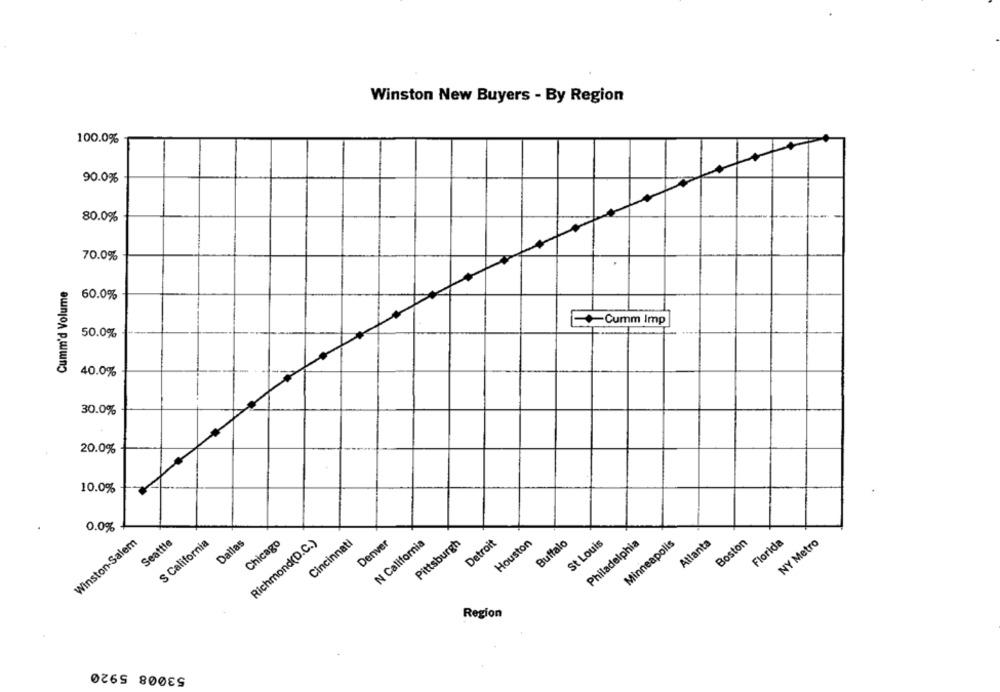
Winston New Buyers - By Region
100.0%
90.0%
80.0%
70.0%
Cumm'd Volume
60.0%
Cumm Imp
50.0%
40.0%
30.0%
20.0%
10.0%
0.0%
Winston-Salem
Seattle
S California
Dallas
Chicago
Richmond(D.C.)
Cincinnati
Denver
N California
Pittsburgh
Detroit
Houston
Buffalo
St Louis
Philadelphia
Minneapolis
Atlanta
Boston
Florida
NY Metro
Region
53008 5920